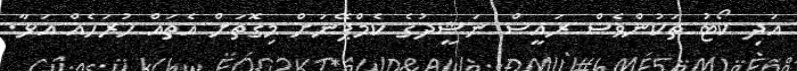
އަދި ކޯޓު ތަކުންވެސް ރައީސް ނަޝީދުގެ ކެމްޕޭނަށް މިގޮތަށް އެތައް ހުރަހެއް އަޅާ.